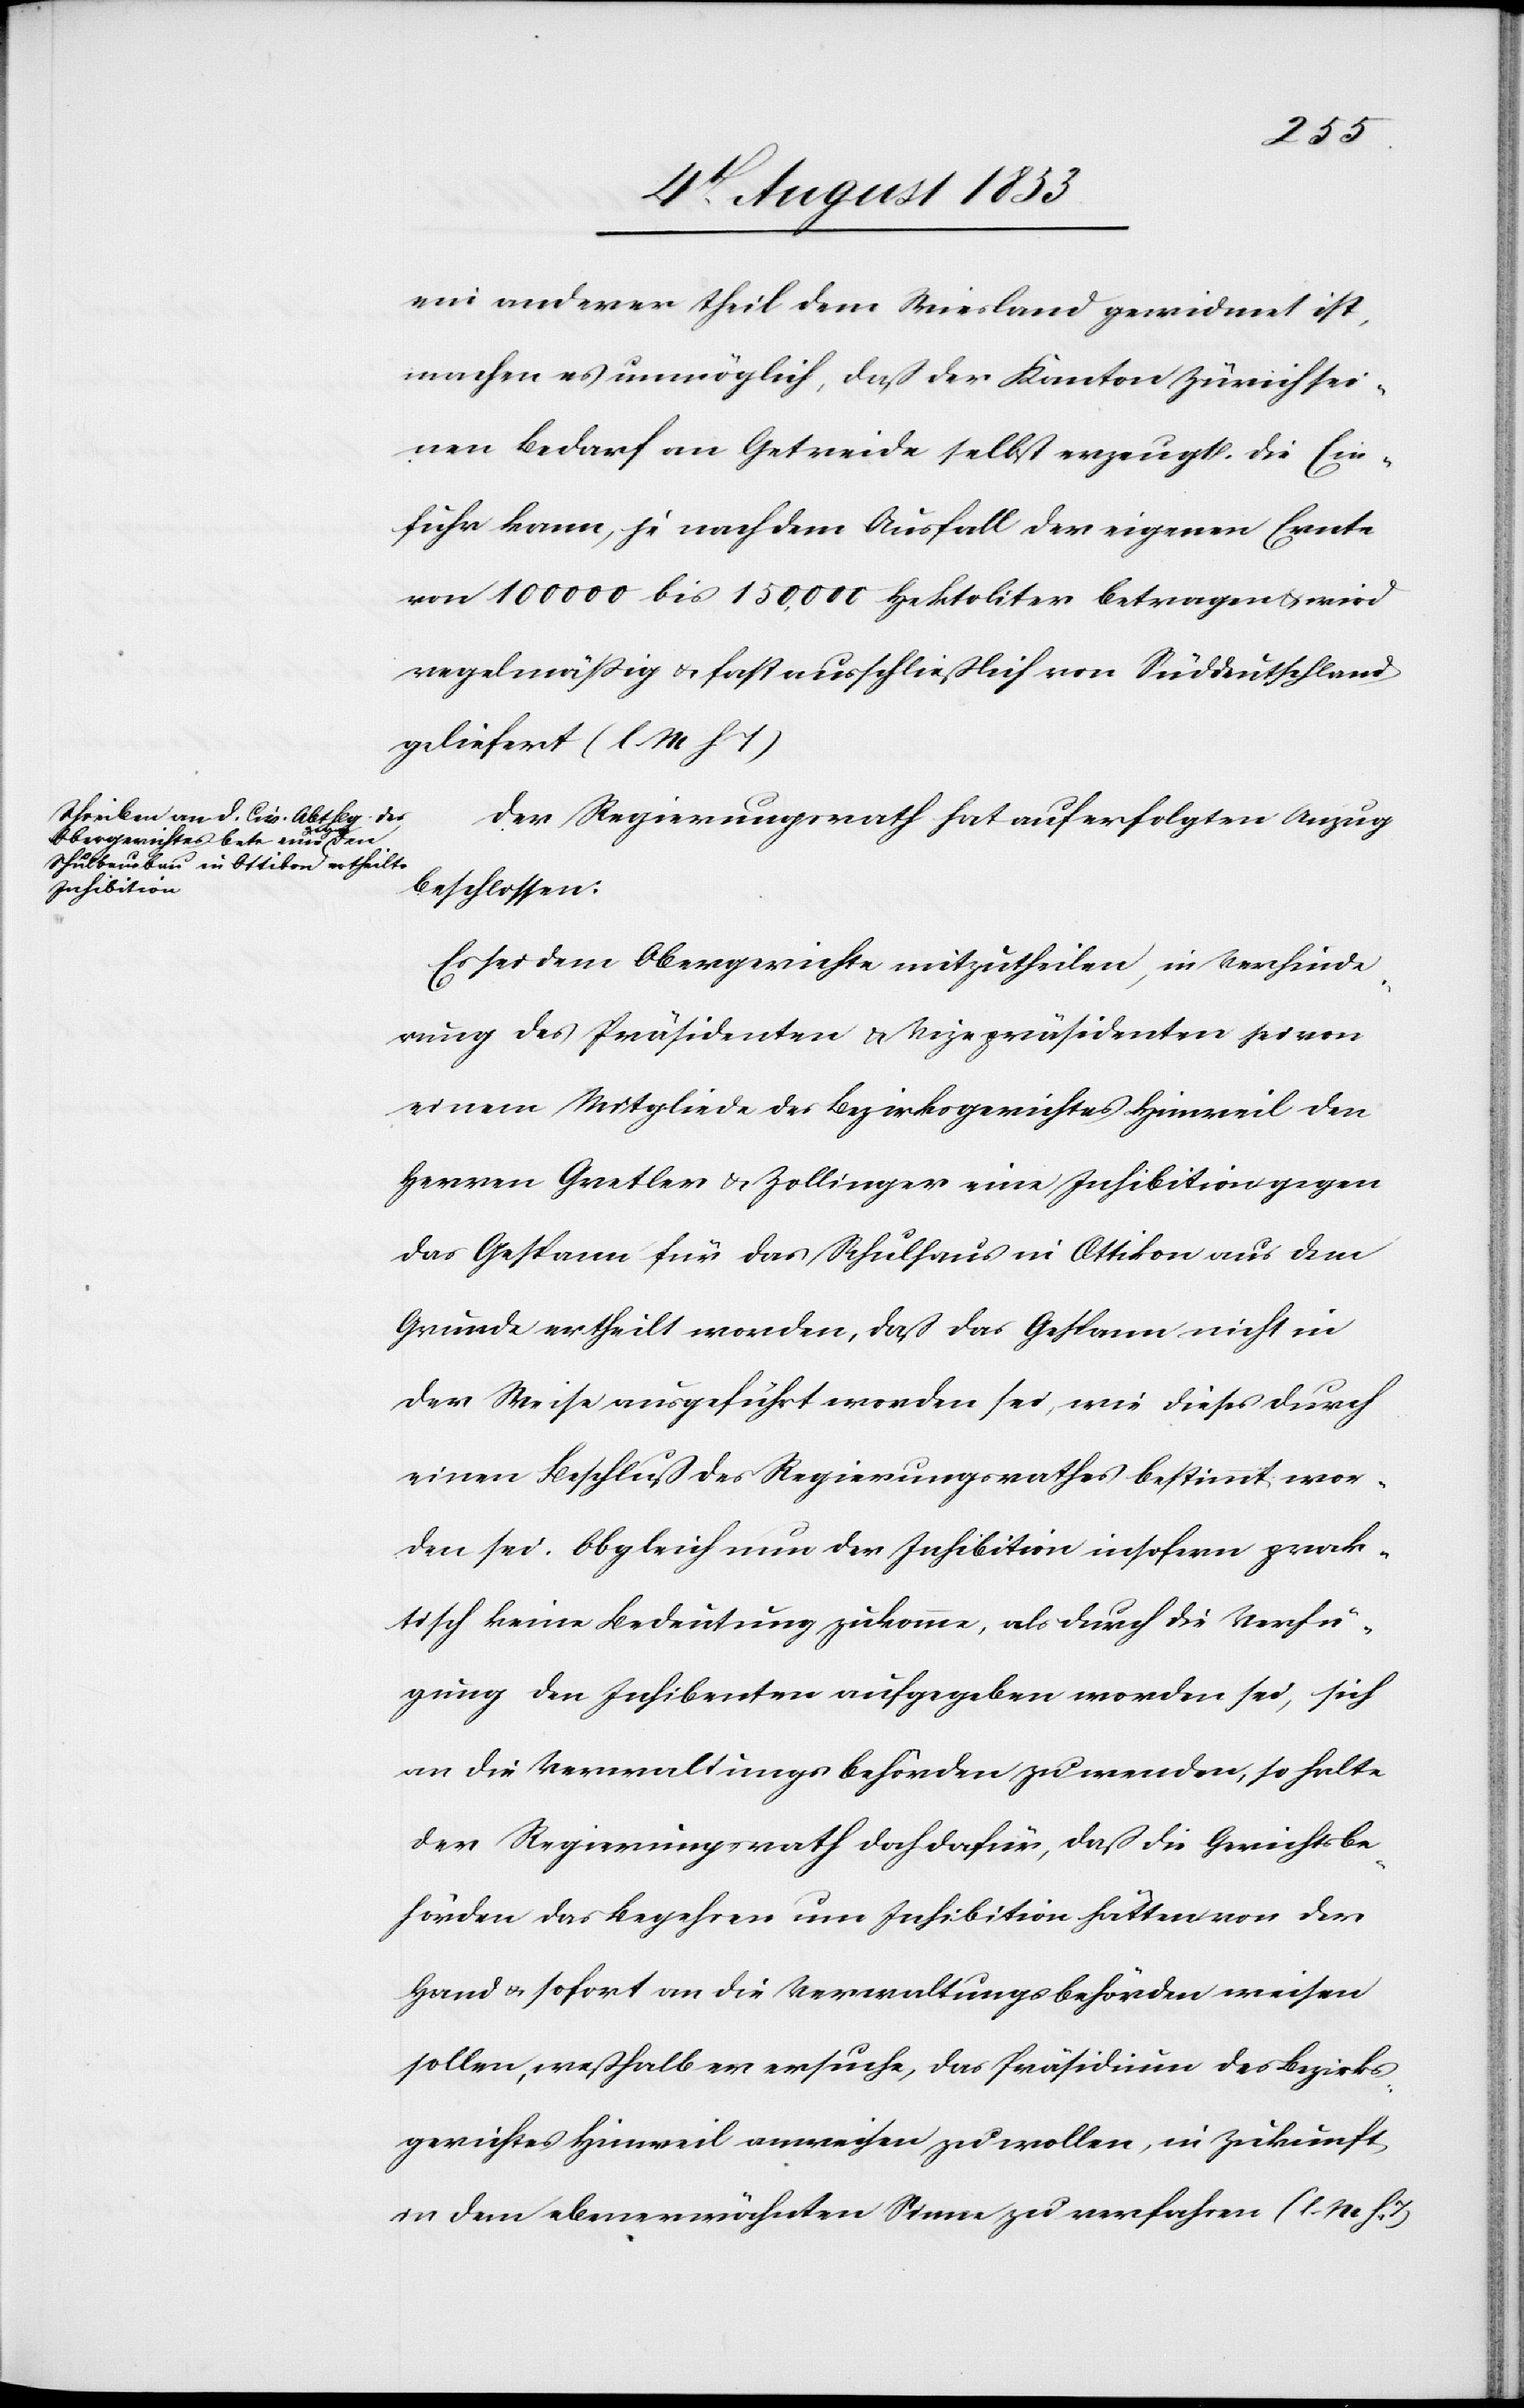
ein anderer Theil dem Wiesland gewidmet ist,
machen es unmöglich, daß der Kanton Zürich sei¬
nen Bedarf an Getreide selbst erzeugt. Die Ein¬
fuhr kann, je nach dem Ausfall der eigenen Ernte
von 100 000 bis 150 000 Hektoliter betragen u. wird
regelmäßig u. fast ausschließlich von Süddeutschland
geliefert. [l. M. h. T]
Der Regierungsrath hat auf den erfolgten Anzug
beschlossen:
Es sei dem Obergerichte mitzutheilen, in Verhinde¬
rung des Präsidenten u. Vizepräsidenten sei von
einem Mitgliede des Bezirksgerichtes Hinweil den
Herren Gretler u. Zollinger eine Inhibition gegen
das Gespann für das Schulhaus in Ottikon aus dem
Grunde ertheilt worden, daß das Gespann nicht in
der Weise ausgeführt worden sei, wie dieses durch
einen Beschluß des Regierungsrathes bestimmt wor¬
den sei. Obgleich nun der Inhibition insofern prak¬
tisch keine Bedeutung zukomme, als durch die Verfü¬
gung den Inhibenten aufgegeben worden sei, sich
an die Verwaltungsbehörden zu wenden, so halte
der Regierungsrath doch dafür, daß die Gerichtsbe¬
hörden das Begehren um Inhibition hätten von der
Hand u. sofort an die Verwaltungsbehörden weisen
sollen, weßhalb er ersuche, das Präsidium des Bezirks¬
gerichtes Hinweil anweisen zu wollen, in Zukunft
in dem ebenerwähnten Sinne zu verfahren. [l. M. h. T]